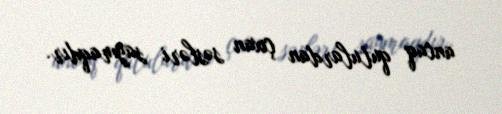
ancaq qutulardan çıxan səsləri saymaqdır.